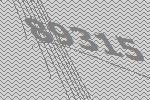
89315